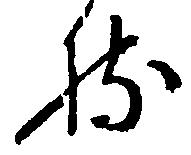
持